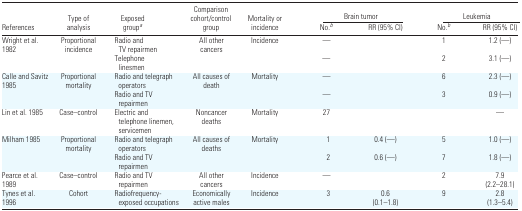
<table><thead><tr><td rowspan="2"><b>References</b></td><td rowspan="2"><b>Type of analysis</b></td><td rowspan="2"><b>Exposed group<i><sup>a</sup></i></b></td><td rowspan="2"><b>Comparison cohort/control group</b></td><td rowspan="2"><b>Mortality or incidence</b></td><td colspan="2"><b>Brain tumor</b></td><td colspan="2"><b>Leukemia</b></td></tr><tr><td><b>No.<i><sup>b</sup></i></b></td><td><b>RR (95% CI)</b></td><td><b>No.<i><sup>b</sup></i></b></td><td><b>RR (95% CI)</b></td></tr></thead><tbody><tr><td>Wright et al. 1982</td><td>Proportional incidence</td><td>Radio and TV repairmen</td><td>All other cancers</td><td>Incidence</td><td>—</td><td></td><td>1</td><td>1.2 (—)</td></tr><tr><td></td><td></td><td>Telephone linesmen</td><td></td><td></td><td>—</td><td></td><td>2</td><td>3.1 (—)</td></tr><tr><td>Calle and Savitz 1985</td><td>Proportional mortality</td><td>Radio and telegraph operators</td><td>All causes of death</td><td>Mortality</td><td>—</td><td></td><td>6</td><td>2.3 (—)</td></tr><tr><td></td><td></td><td>Radio and TV repairmen</td><td></td><td></td><td>—</td><td></td><td>3</td><td>0.9 (—)</td></tr><tr><td>Lin et al. 1985</td><td>Case–control</td><td>Electric and telephone linemen, servicemen</td><td>Noncancer deaths</td><td>Mortality</td><td>27</td><td></td><td></td><td>—</td></tr><tr><td>Milham 1985</td><td>Proportional mortality</td><td>Radio and telegraph operators</td><td>All causes of deaths</td><td>Mortality</td><td>1</td><td>0.4 (—)</td><td>5</td><td>1.0 (—)</td></tr><tr><td></td><td></td><td>Radio and TV repairmen</td><td></td><td></td><td>2</td><td>0.6 (—)</td><td>7</td><td>1.8 (—)</td></tr><tr><td>Pearce et al. 1989</td><td>Case–control</td><td>Radio and TV repairmen</td><td>All other cancers</td><td>Incidence</td><td>—</td><td></td><td>2</td><td>7.9 (2.2–28.1)</td></tr><tr><td>Tynes et al. 1996</td><td>Cohort</td><td>Radiofrequency-exposed occupations</td><td>Economically active males</td><td>Incidence</td><td>3</td><td>0.6 (0.1–1.8)</td><td>9</td><td>2.8 (1.3–5.4)</td></tr></tbody></table>